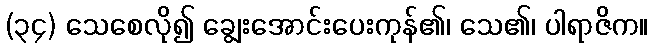
(၃၄) သေစေလို၍ ချွေးအောင်းပေးကုန်၏၊ သေ၏၊ ပါရာဇိက။